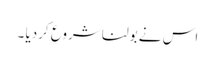
اس نے بولنا شروع کردیا ۔